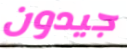
جيدون